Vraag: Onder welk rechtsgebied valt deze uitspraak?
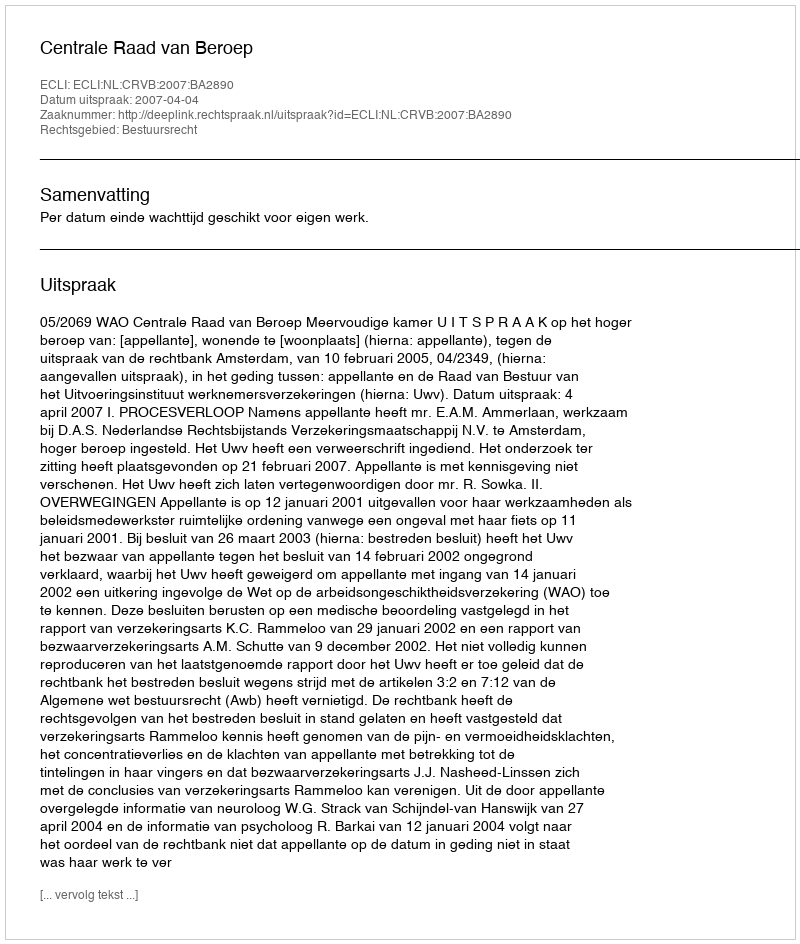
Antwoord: Bestuursrecht